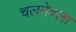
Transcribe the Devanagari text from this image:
चलनेवला